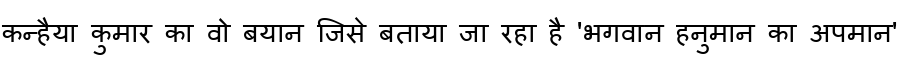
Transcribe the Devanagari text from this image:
कन्हैया कुमार का वो बयान जिसे बताया जा रहा है 'भगवान हनुमान का अपमान'